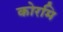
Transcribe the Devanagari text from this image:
कोरमि